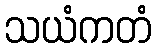
သယံကတံ